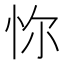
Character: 𢘝